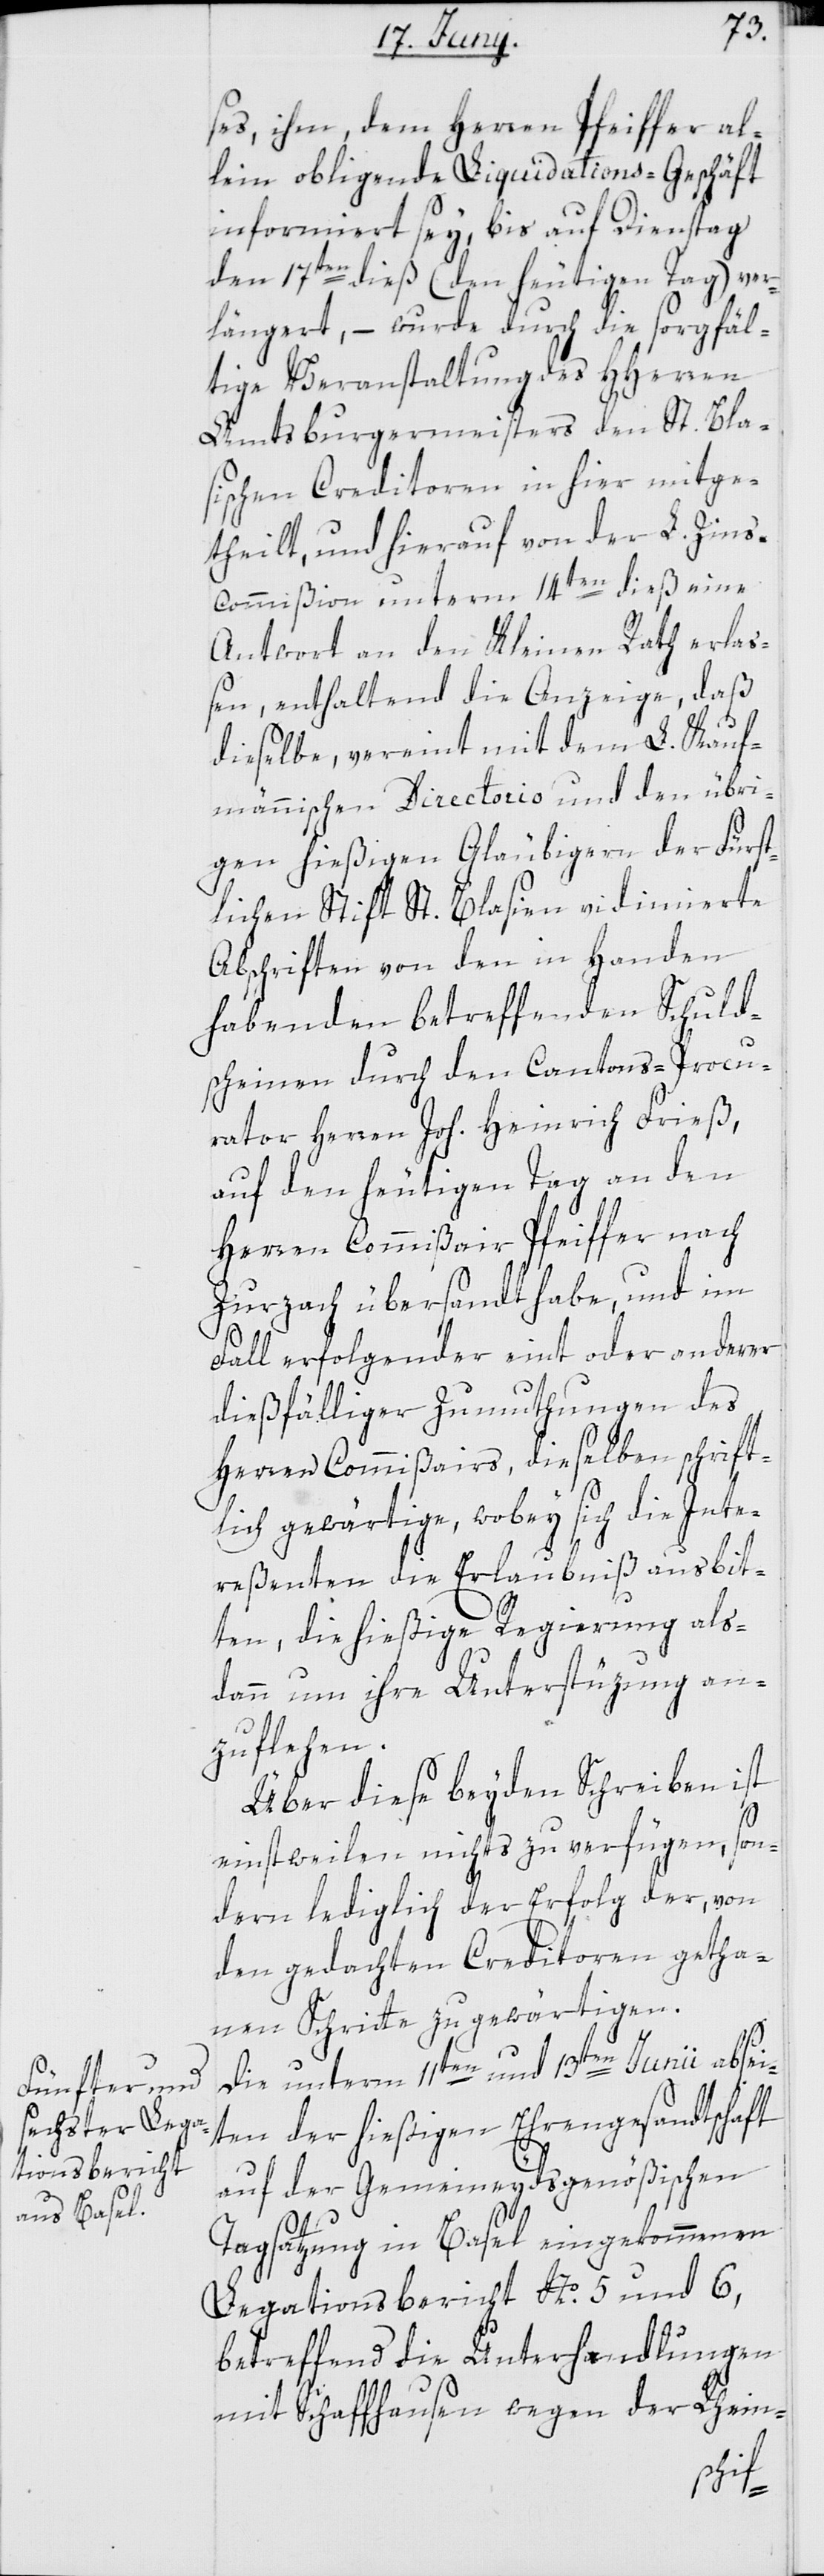
ses, ihm, dem Herren Pfeiffer al¬
lein obliegende Liquidations-Geschäft
informiert sey, bis auf Dienstag
den 17ten dieß (den heutigen Tag) ver¬
längert, – wurde durch die sorgfäl¬
tige Veranstaltung des HHerren
Amtsburgermeisters den St. Bla¬
sischen Creditoren in hier mitge¬
theilt, und hierauf von der L. Zin¬
s-Commißion unterm 14ten dieß eine
Antwort an den Kleinen Rath erla¬
ßen, enthaltend die Anzeige, daß
dieselbe, vereint mit dem L. Kauf¬
männischen Directorio und den übri¬
gen hießigen Gläubigern der Fürst¬
lichen Stift St. Blasien vidimierte
Abschriften von den in Handen
habenden betreffenden Schuld¬
scheinen durch den Cantons-Procu¬
rator Herren Joh. Heinrich Frieß,
auf den heutigen Tag an den
Herren Commißair Pfeiffer nach
Zurzach übersandt habe, und im
Fall erfolgender eint oder anderer
dießfälliger Zumuthungen des
Herren Commißairs, dieselben schrift¬
lich gewärtige, wobey sich die Inte¬
reßenten die Erlaubniß ausbit¬
ten, die hießige Regierung als¬
dann um ihre Unterstüzung an¬
zuflehen.
Über diese beyden Schreiben ist
einstweilen nichts zu verfügen, son¬
dern lediglich der Erfolg der, von
den gedachten Creditoren getha¬
nen Schritte zu gewärtigen.
Die unterm 11ten und 13ten Junii absei¬
ten der hießigen Ehrengesandtschaft
auf der Gemeineydsgenößischen
Tagsatzung in Basel eingekommenen
Legationsbericht No. 5 und 6,
betreffend die Unterhandlungen
mit Schaffhausen wegen der Rhein-